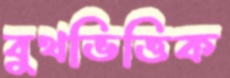
বুথভিত্তিক